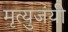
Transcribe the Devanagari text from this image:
मृत्युजंयी